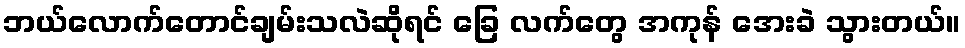
ဘယ်လောက်တောင်ချမ်းသလဲဆိုရင် ခြေ လက်တွေ အကုန် အေးခဲ သွားတယ်။